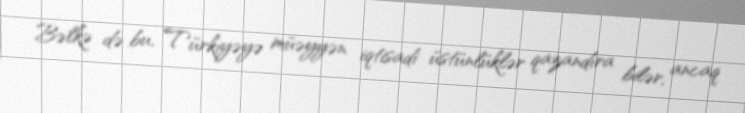
Bəlkə də bu, Türkiyəyə müəyyən iqtisadi üstünlüklər qazandıra bilər, ancaq